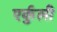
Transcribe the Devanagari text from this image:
एर्कुली